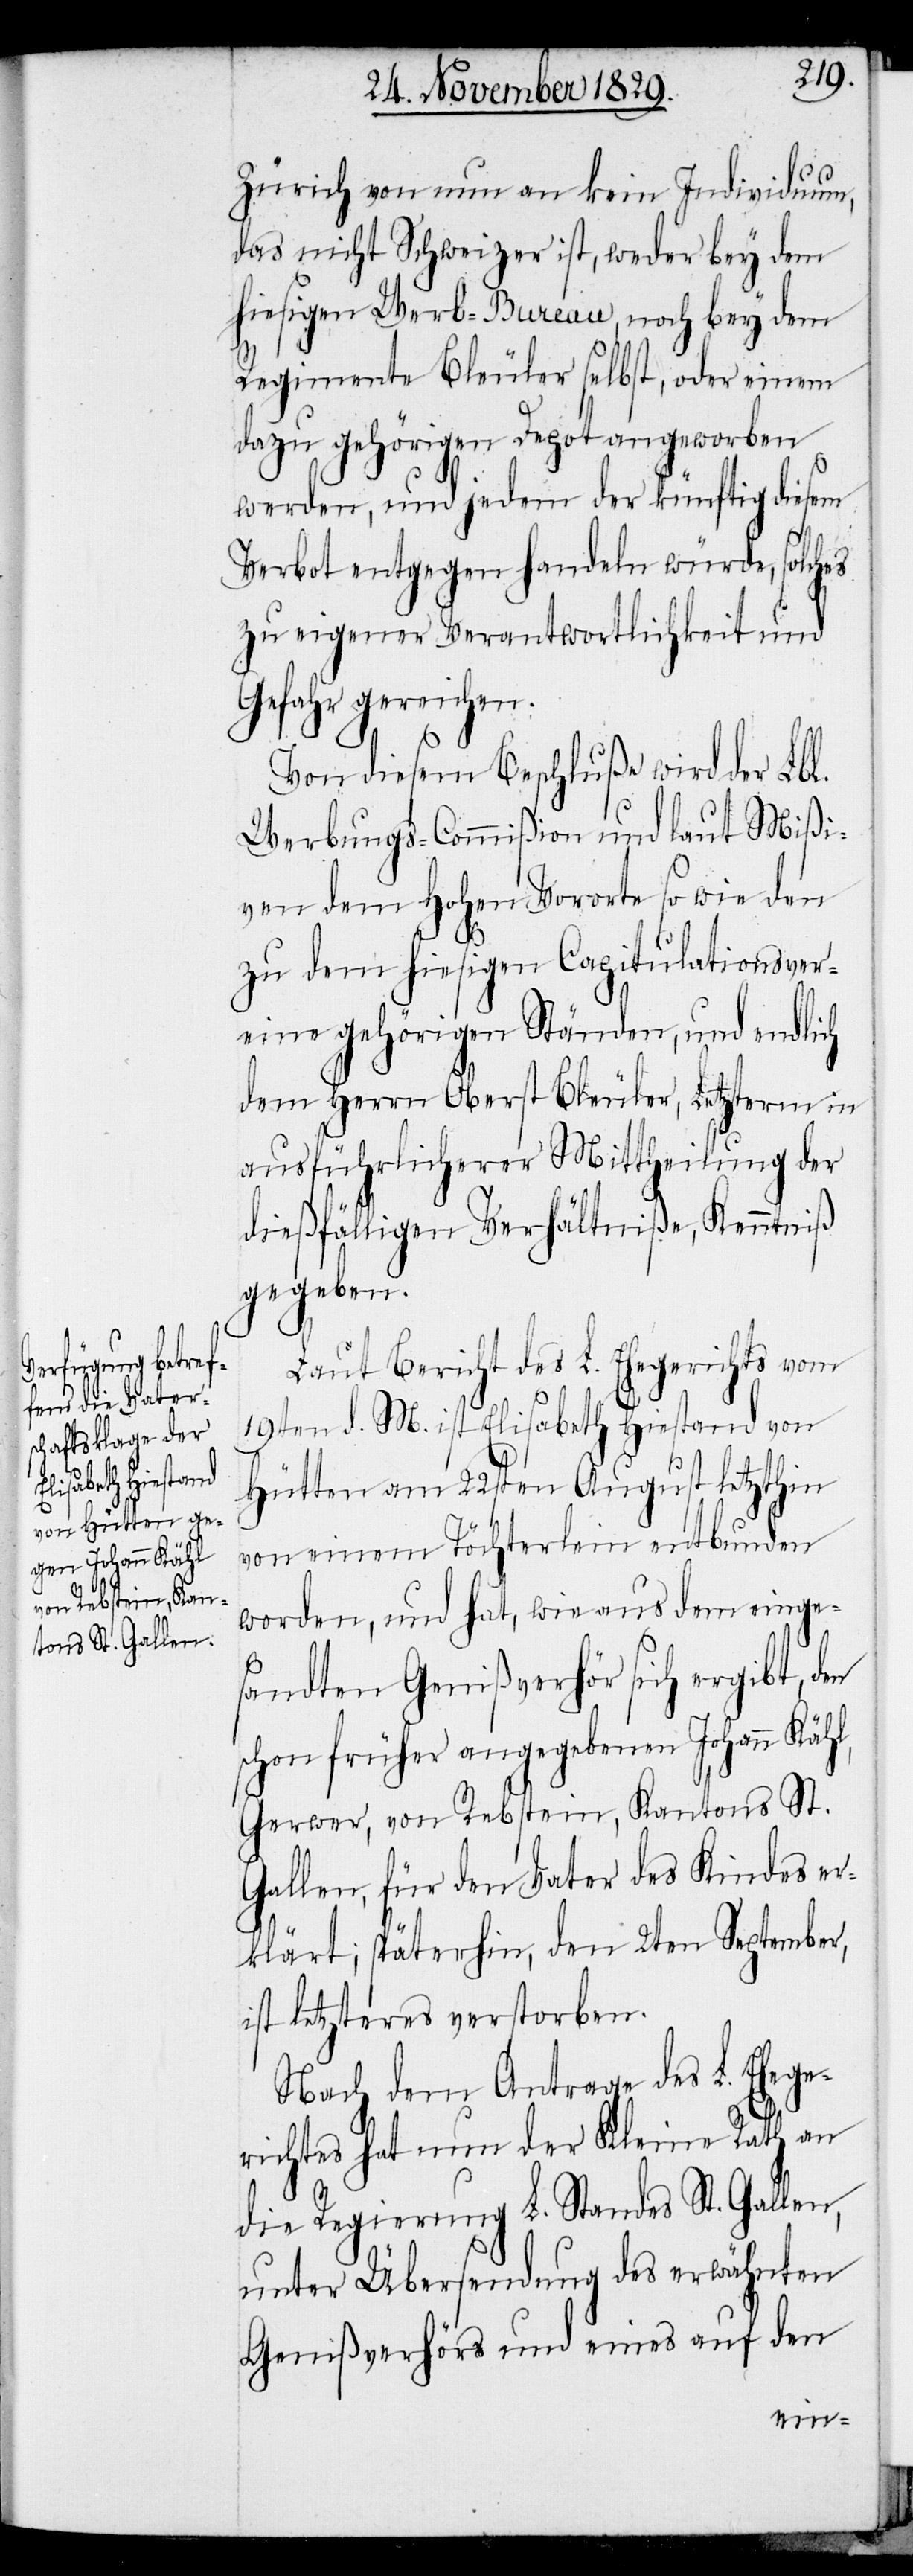
Zürich von nun an kein Individuum,
das nicht Schweizer ist, weder bey dem
hiesigen Werb-Bureau, noch bey dem
Regimente Bleuler selbst, oder einem
dazu gehörigen Depot angeworben
werden, und jedem der künftig diesem
Verbot entgegen handeln würde, solches
zu eigener Verantwortlichkeit und
Gefahr gereichen.
Von diesem Beschluße wird der Lbl.
Werbungs-Commißion und laut Mißi¬
ven dem Hohen Vororte so wie den
zu dem hiesigen Capitulationsver¬
eine gehörigen Ständen, und endlich
dem Herrn Oberst Bleuler, Letzterm in
ausführlicherer Mittheilung der
dießfälligen Verhältniße, Kenntniß
gegeben.
Laut Bericht des L. Ehegerichts vom
19ten d. M. ist Elisabeth Hiestand von
Hütten am 22sten August letzthin
von einem Töchterlein entbunden
worden, und hat, wie aus dem einge¬
sandten Genißverhör sich ergibt, den
schon früher angegebenen Johann Kähl,
Gerwer, von Rebstein, Kantons St.
Gallen, für den Vater des Kindes er¬
klärt; späterhin, den 2ten September,
ist letzteres verstorben.
Nach dem Antrage des L. Ehege¬
richtes hat nun der Kleine Rath an
die Regierung L. Standes St. Gallen,
unter Übersendung des erwähnten
Genißverhörs und eines auf den